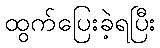
ထွက်ပြေးခဲ့ရပြီး